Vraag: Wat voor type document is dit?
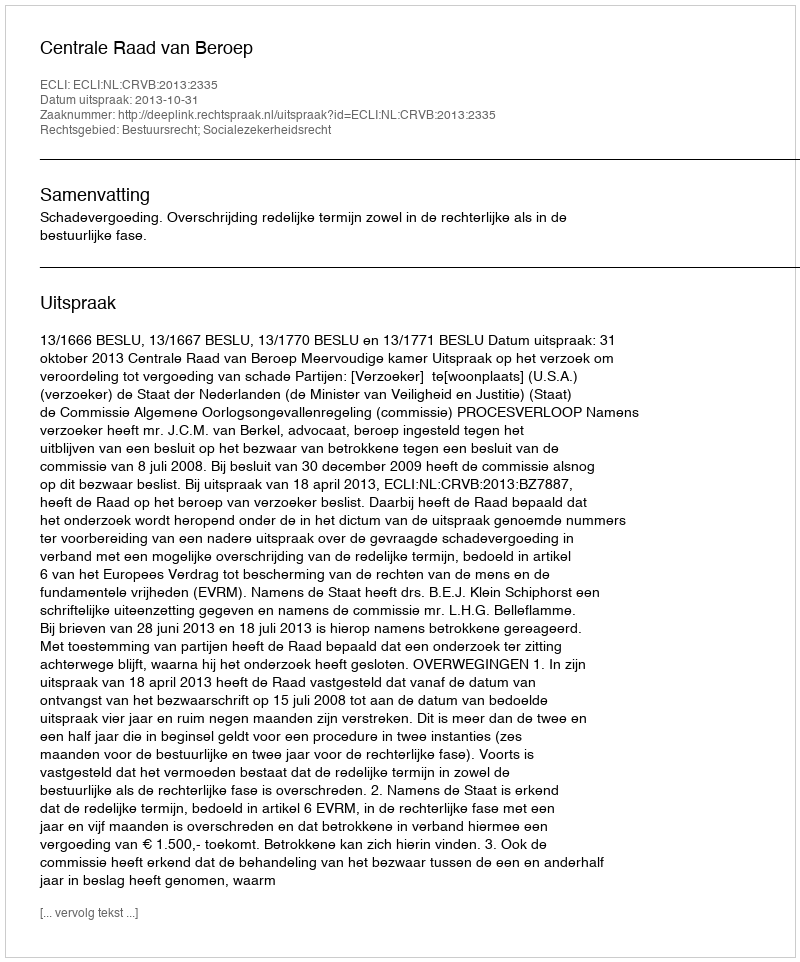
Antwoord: Uitspraak